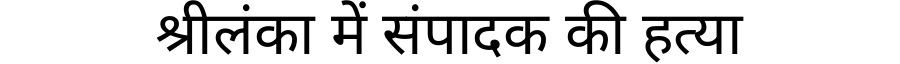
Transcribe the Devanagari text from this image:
श्रीलंका में संपादक की हत्या